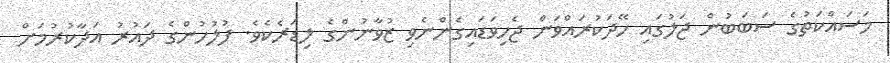
މަސައްކަތުގެ ސަބަބުން ޖަލުގައި ހޭދަކުރައްވަން ޖެހިވަޑައިގެންނެވި ޒުވާނުންގެ ލިޑަރެކެވެ. ފުލުހުންގެ ދައުރު އަދާކުރުމަށް